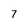
Character: 7